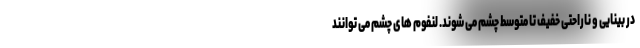
در بینایی و ناراحتی خفیف تا متوسط چشم می شوند. لنفوم های چشم می توانند